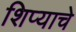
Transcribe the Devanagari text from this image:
शिप्याचे